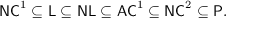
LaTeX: { \mathsf { N C } } ^ { 1 } \subseteq { \mathsf { L } } \subseteq { \mathsf { N L } } \subseteq { \mathsf { A C } } ^ { 1 } \subseteq { \mathsf { N C } } ^ { 2 } \subseteq { \mathsf { P } } .